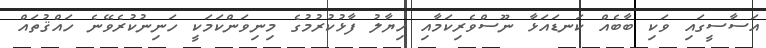
އަސާސީގައި ވަކި ބާބެއް ކަނޑައަޅާ ނޫސްވެރިކަމާއި ހިޔާލު ފާޅުކުރުމުގެ މިނިވަންކަމަކީ ހަނިނުކުރެވޭނެ ހައްޤުތައް